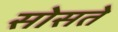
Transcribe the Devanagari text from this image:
सोसते